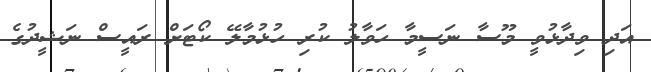
އަދި ވިދާޅުވީ މޫސާ ނަސީމާ ހަވާލު ކުރި ހުޅުމާލޭ ކޯޓަށް ރައީސް ނަޝީދުގެ